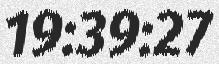
19:39:27